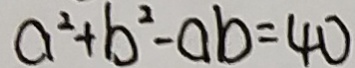
a ^ { 2 } + b ^ { 2 } - a b = 4 0